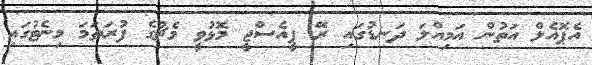
އެޕޮއެލް އަތުން އަމިއްލަ ދަނޑުގައި ރޭ ޕީއެސްޖީ މޮޅުވީ މެޗުގެ ފުރަތަމަ މިނެޓުގައި